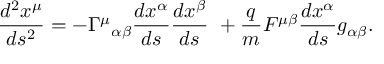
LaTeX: { \frac { d ^ { 2 } x ^ { \mu } } { d s ^ { 2 } } } = - \Gamma ^ { \mu } { } _ { \alpha \beta } { \frac { d x ^ { \alpha } } { d s } } { \frac { d x ^ { \beta } } { d s } } \ + { \frac { q } { m } } { F ^ { \mu \beta } } { \frac { d x ^ { \alpha } } { d s } } { g _ { \alpha \beta } } .